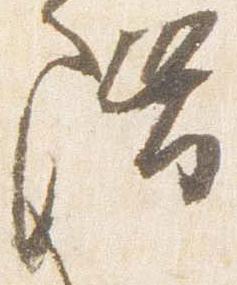
階